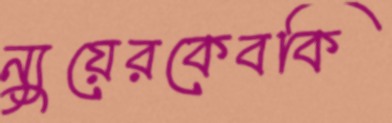
ন্যুয়েরকেবকি